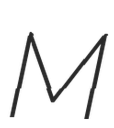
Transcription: M